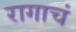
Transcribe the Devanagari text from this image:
रागाचं